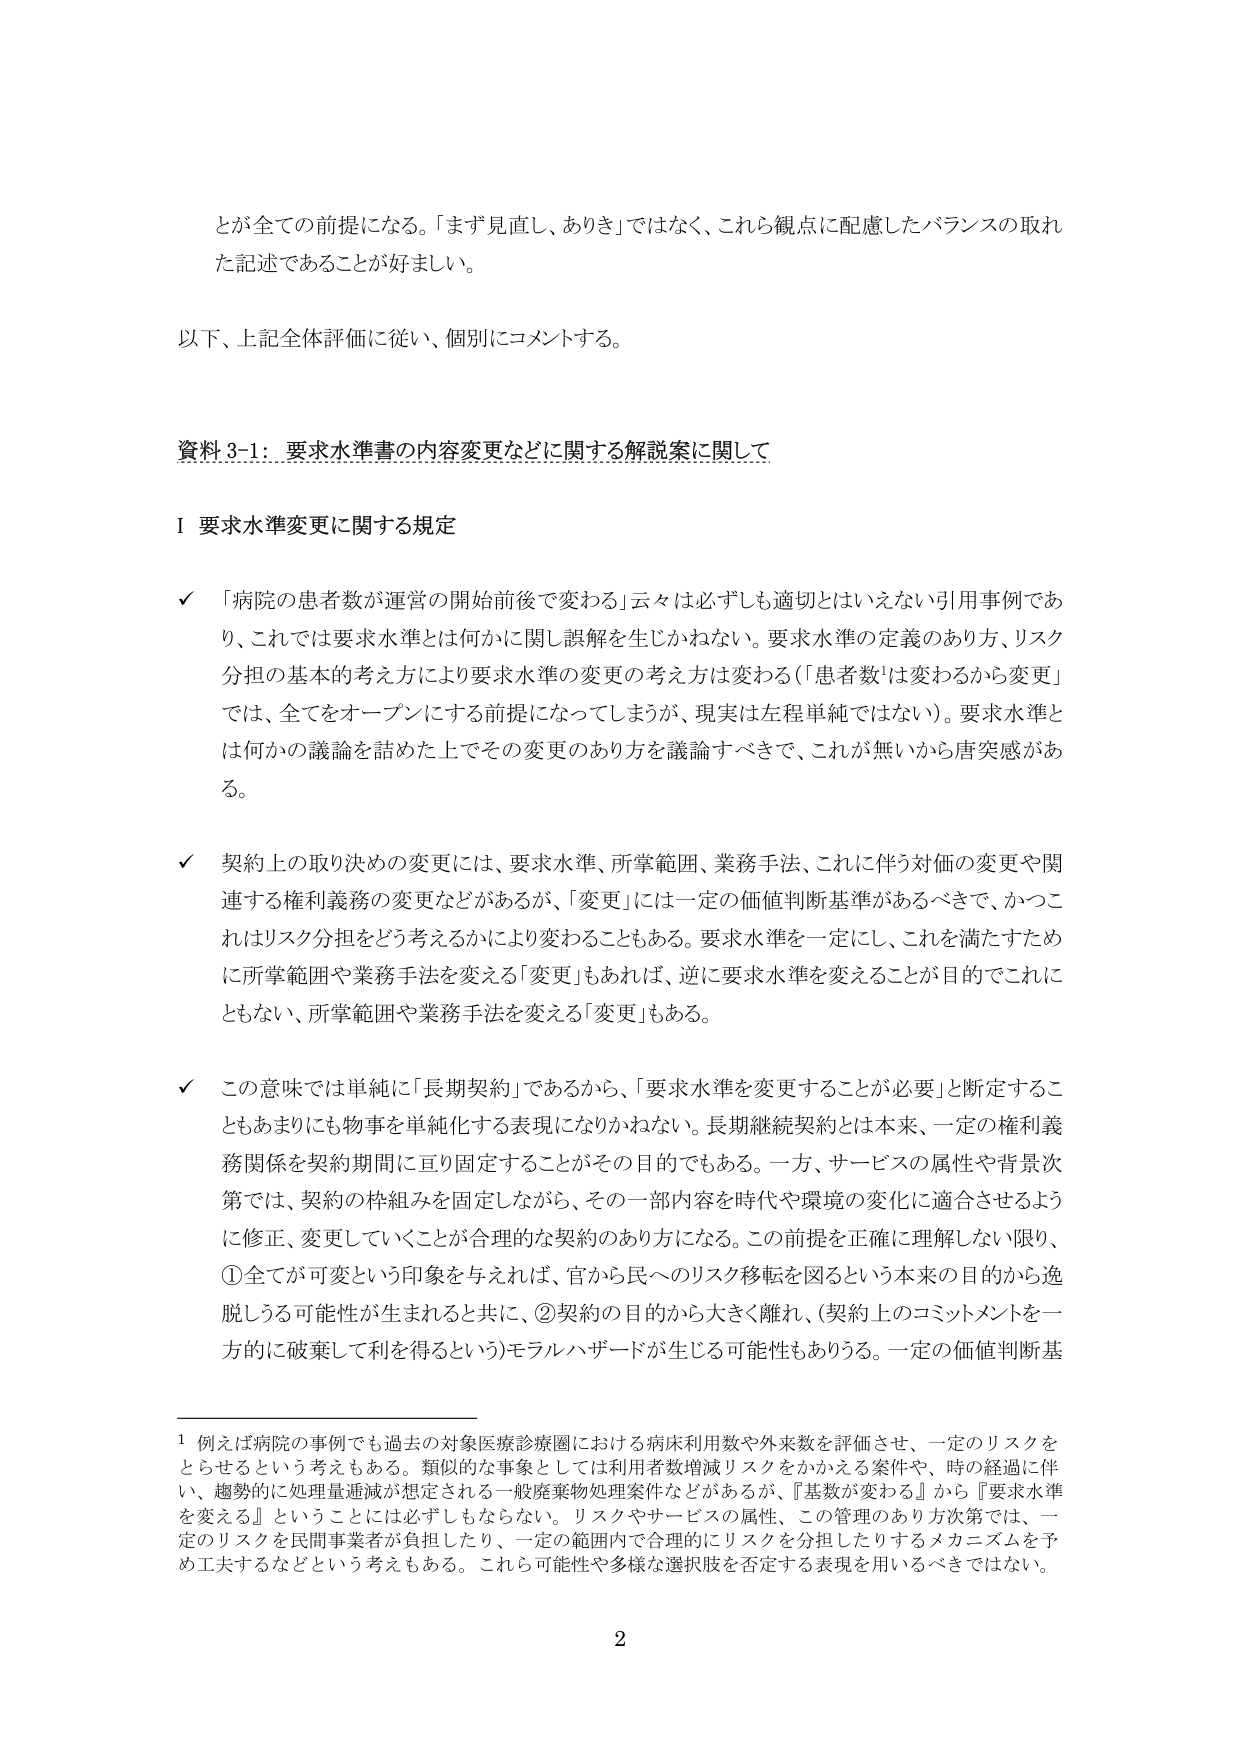
とが全ての前提になる。「まず見直し、ありき」ではなく、これら観点に配慮したバランスの取れた記述であることが好ましい。

以下、上記全体評価に従い、個別にコメントする。

資料3-1：要求水準書の内容変更などに関する解説案に関して

Ⅰ 要求水準変更に関する規定

✓ 「病院の患者数が運営の開始前後で変わる」云々は必ずしも適切とはいえない引用事例であり、これでは要求水準とは何かに関し誤解を生じかねない。要求水準の定義のあり方、リスク分担の基本的考え方により要求水準の変更の考え方は変わる（「患者数は変わるから変更」では、全てをオープンにする前提になってしまうが、現実は左程単純ではない）。要求水準とは何かの議論を詰めた上でその変更のあり方を議論すべきで、これが無いかから唐突感がある。

✓ 契約上の取り決めの変更には、要求水準、所掌範囲、業務手法、これに伴う対価の変更や関連する権利義務の変更などがあるが、「変更」には一定の価値判断基準があるべきで、かつこれはリスク分担をどう考えるかにより変わることもある。要求水準を一定にし、これを満たすために所掌範囲や業務手法を変える「変更」もあれば、逆に要求水準を変えることが目的でこれにともない、所掌範囲や業務手法を変える「変更」もある。

✓ この意味では単純に「長期契約」であるから、「要求水準を変更することが必要」と断定することもあまりにも物事を単純化する表現になりかねない。長期継続契約とは本来、一定の権利義務関係を契約期間に亘り固定することがその目的でもある。一方、サービスの属性や背景次第では、契約の枠組みを固定しながら、その一部内容を時代や環境の変化に適合させるように修正、変更していくことが合理的な契約のあり方になる。この前提を正確に理解しない限り、①全てが可変という印象を与えれば、官から民へのリスク移転を図るという本来の目的から逸脱しうる可能性が生まれると共に、②契約の目的から大きく離れ、（契約上のコミットメントを一方的に破棄して利を得るという）モラルハザードが生じる可能性もありうる。一定の価値判断基

1 例えば病院の事例でも過去の対象医療診療圏における病床利用数や外来数を評価させ、一定のリスクをとらせるという考えもある。類似的な事象としては利用者数増減リスクをかかえる案件や、時の経過に伴い、趨勢的に処理量増減が想定される一般廃棄物処理案件などがあるが、「基数が変わる」から『要求水準を変える』ということには必ずしもならない。リスクやサービスの属性、この管理のあり方次第では、一定のリスクを民間事業者が負担したり、一定の範囲内で合理的にリスクを分担したりするメカニズムを予め工夫するなどという考えもある。これら可能性や多様な選択肢を否定する表現を用いるべきではない。

2